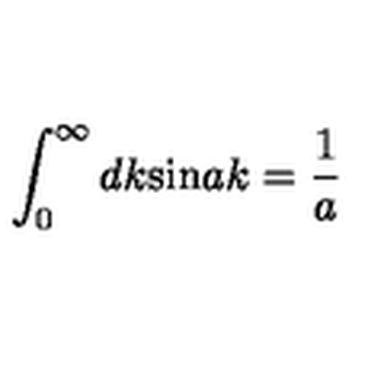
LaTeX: \int _ { 0 } ^ { \infty } d k \mathrm { s i n } a k = \frac { 1 } { a }